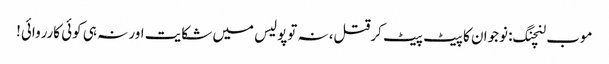
موب لنچنگ: نوجوان کا پیٹ پیٹ کرقتل، نہ توپولیس میں شکایت اور نہ ہی کوئی کارروائی!